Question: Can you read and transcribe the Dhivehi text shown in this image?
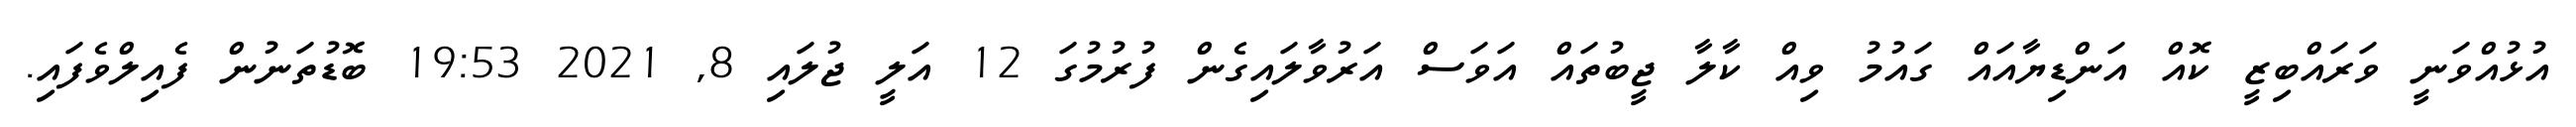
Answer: އުޅުއްވަނީ ވަރައްބިޒީ ކޮއް އަންޑިޔާއައް ގައުމު ވިއް ކާލާ ޖީބުތައް އަވަސް އަރުވާލައިގެން ފުރުމުގަ 12 އަލީ ޖުލައި 8, 2021 19:53 ބޮޑުތަނުން ފެއިލްވެފައި.